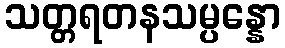
သတ္တရတနသမ္ပန္နော